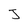
Character: J